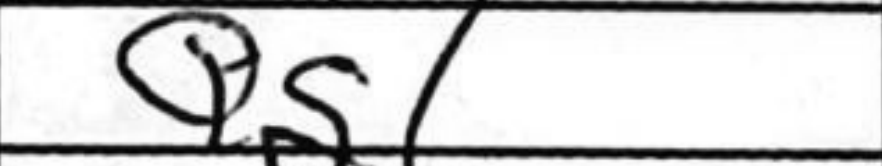
Transcription: Qg1